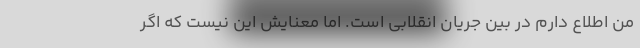
من اطلاع دارم در بین جریان انقلابی است. اما معنایش این نیست که اگر